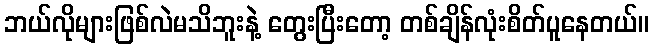
ဘယ်လိုများဖြစ်လဲမသိဘူးနဲ့ တွေးပြီးတော့ တစ်ချိန်လုံးစိတ်ပူနေတယ်။